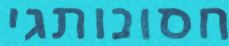
חסונותגי